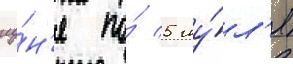
иу́н'я по́ 5 иу́л'я